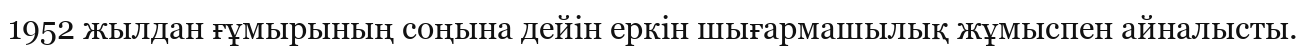
1952 жылдан ғұмырының соңына дейін еркін шығармашылық жұмыспен айналысты.